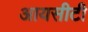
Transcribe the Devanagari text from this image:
आयसीटी